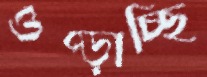
ওপ্‌ড়াচ্ছি